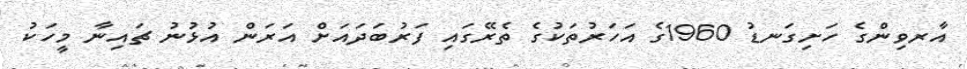
އާރވިންގެ ހަށިގަނޑު 1960ގެ އަހަރުތަކުގެ ތެރޭގައި ފަރުބަދައަށް އަރަން އުޅުނު ޗައިނާ މީހަކު